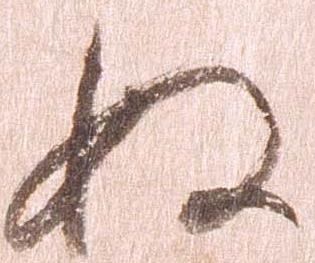
ぬ